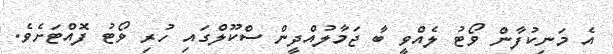
އެ މަނިކުފާން ވޯޓު ލެއްވީ ބާ ޖަމާލުއްދީން ސްކޫލްގައި ހުރި ވޯޓު ފޮއްޓަށެވެ.